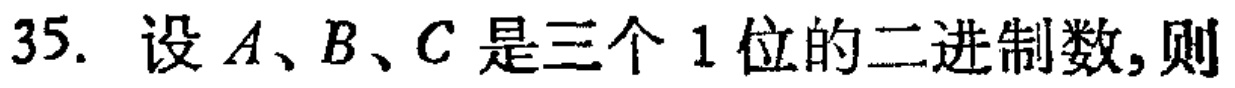
35. 设\(A、B、C\)是三个1位的二进制数,则